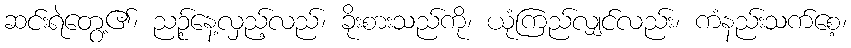
ဆင်းရဲတွေ့၏၊ ညဉ့်နေ့လှည့်လည်၊ ခိုးစားသည်ကို၊ ယုံကြည်လျှင်လည်း၊ ကံနည်းသက်စေ့၊